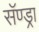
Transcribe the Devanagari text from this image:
सॅण्ड्रा